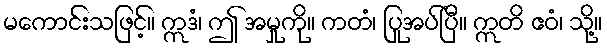
မကောင်းသဖြင့်။ ဣဒံ၊ ဤ အမှုကို။ ကတံ၊ ပြုအပ်ပြီ။ ဣတိ ဧဝံ၊ သို့။